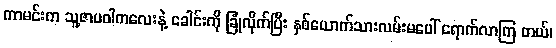
ကာမင်းက သူ့ဇာပဝါကလေးနဲ့ ခေါင်းကို ခြုံလိုက်ပြီး နှစ်ယောက်သားလမ်းမပေါ် ရောက်လာကြ တယ်၊